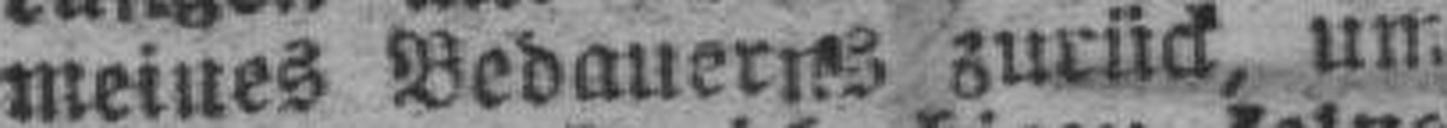
meines Bedauerns zurück, um